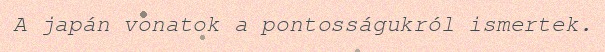
A japán vonatok a pontosságukról ismertek.